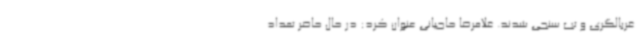
غربالگری و تب سنجی شدند. غلامرضا حاجیانی عنوان کرد: در حال حاضر تعداد